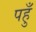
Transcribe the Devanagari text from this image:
पहुँ